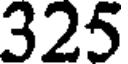
325